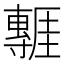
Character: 𭕃